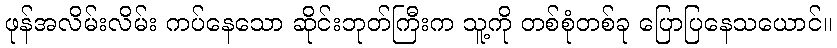
ဖုန်အလိမ်းလိမ်း ကပ်နေသော ဆိုင်းဘုတ်ကြီးက သူ့ကို တစ်စုံတစ်ခု ပြောပြနေသယောင်။